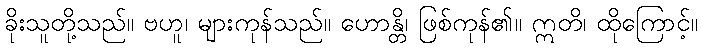
ခိုးသူတို့သည်။ ဗဟူ၊ များကုန်သည်။ ဟောန္တိ၊ ဖြစ်ကုန်၏။ ဣတိ၊ ထိုကြောင့်။